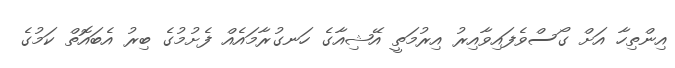
އިންތިހާ އަށް ގޯސްވެފައިވާއިރު އިރުމަތީ އޭޝިއާގެ ހަނގުރާމައެއް ފެށުމުގެ ބިރު އެބައޮތް ކަމުގެ